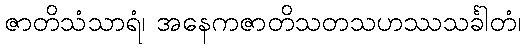
ဇာတိသံသာရံ၊ အနေကဇာတိသတသဟဿသင်္ခါတံ၊